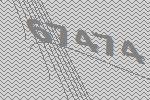
67474